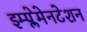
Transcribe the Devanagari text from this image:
इम्प्लेमेनटेशन